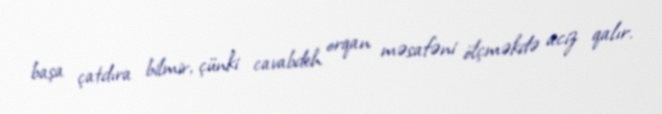
başa çatdıra bilmir, çünki cavabdeh orqan məsafəni ölçməkdə aciz qalır.